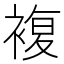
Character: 複